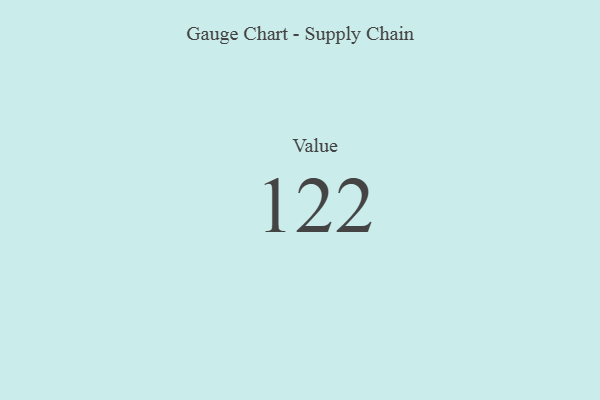
{"axis": {"x": "Metric", "y": "Value"}, "legend": [""], "data": [{"x": "Value", "y": 122, "type": ""}]}